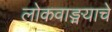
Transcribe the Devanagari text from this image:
लोकवाङ्मयाचे